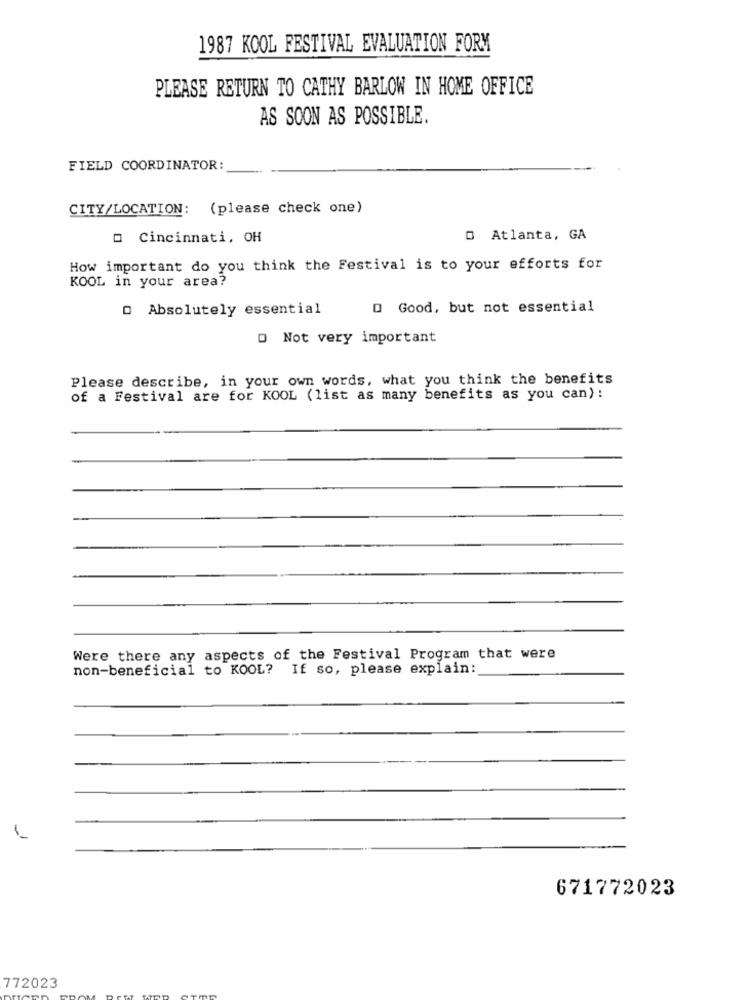
1987 KOOL FESTIVAL EVALUATION FORM
PLEASE RETURN TO CATHY BARLOW IN HOME OFFICE
AS SOON AS POSSIBLE.
FIELD COORDINATOR
CITY/LOCATION: (please check one)
O Cincinnati, OH
0 Atlanta, GA
How important do you think the Festival is to your efforts for
KOOL in your area?
0 Absolutely essential
O Good, but not essential
D Not very important
Please describe, in your own words, what you think the benefits
of a Festival are for KOOL (list as many benefits as you can) :
Were there any aspects of the Festival Program that were
non-beneficial to KOOL? If so, please explain:
671772023
772023